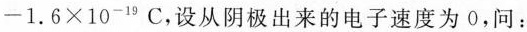
$$-1.6\times 10^{-19}C$$，设从阴极出来的电子速度为0，问：